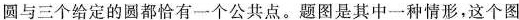
圆与三个给定的圆都恰有一个公共点。题图是其中一种情形，这个图